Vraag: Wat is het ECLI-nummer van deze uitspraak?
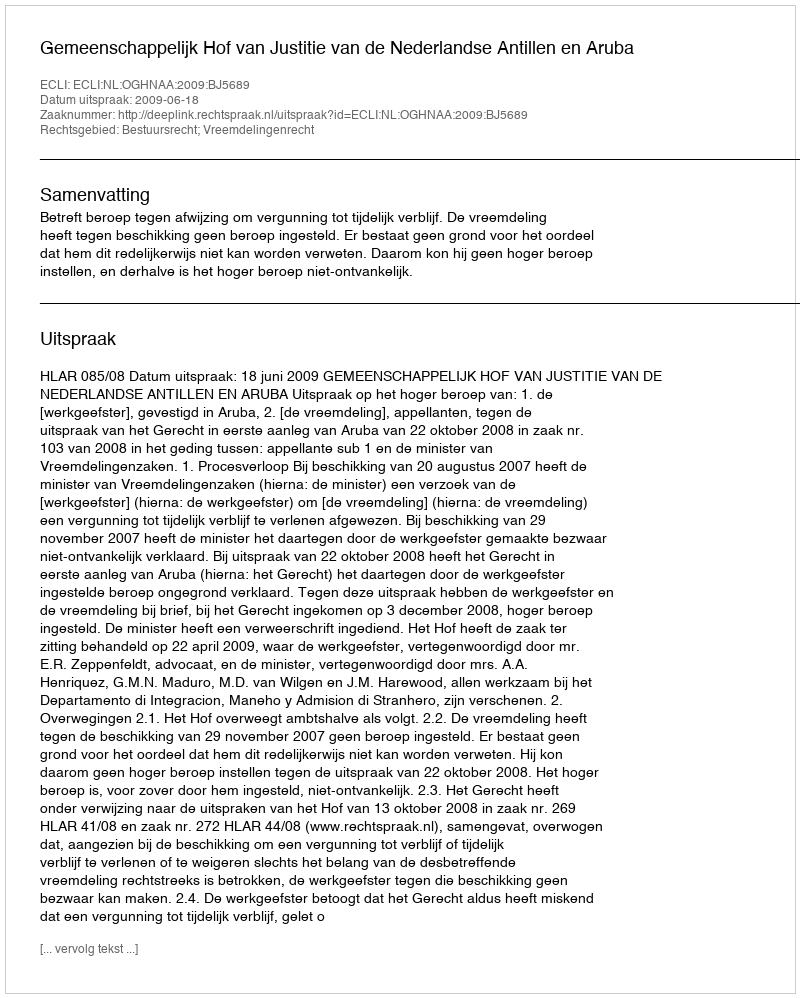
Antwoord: ECLI:NL:OGHNAA:2009:BJ5689